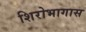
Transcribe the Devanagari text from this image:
शिरोभागास